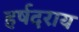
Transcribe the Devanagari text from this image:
हर्षदराय